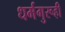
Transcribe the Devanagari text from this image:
धर्मगुरूही